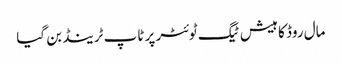
مال روڈ کا ہیش ٹیگ ٹوئٹر پر ٹاپ ٹرینڈ بن گیا